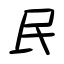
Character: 民